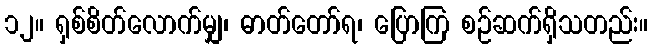
၁၂။ ရှစ်စိတ်လောက်မျှ၊ ဓာတ်တော်ရ၊ ပြောကြ စဉ်ဆက်ရှိသတည်း။